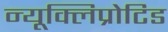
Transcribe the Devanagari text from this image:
न्यूक्लिप्रोटिड